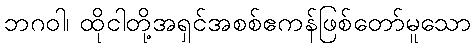
ဘဂဝါ၊ ထိုငါတို့အရှင်အစစ်ဧကန်ဖြစ်တော်မူသော